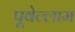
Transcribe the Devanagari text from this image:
पूवेल्लाम